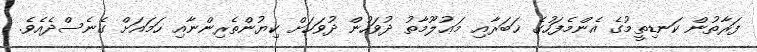
ފަރާތުން ކަނޑިތީމުގެ އެންމެފަހުގެ ޚަބަރާއި މަޢުލޫމާތު ދުވަހުން ދުވަހަށް ކިޔުންތެރިންނާއި ހަމައަށް ގެނެސްދެއެވެ.